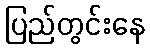
ပြည်တွင်းနေ